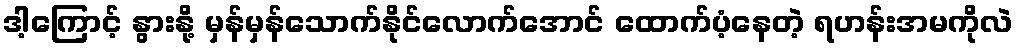
ဒါ့ကြောင့် နွားနို့ မှန်မှန်သောက်နိုင်လောက်အောင် ထောက်ပံ့နေတဲ့ ရဟန်းအမကိုလဲ